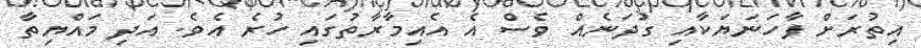
އިތުރަށް ފާހަނަޔަކާއި ގުދަނެއްް ވެސް އެ އެއިމާރާތުގައި ހުރެ އެވެ. އަދި މައްޔިތާ